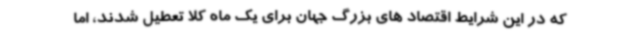
که در این شرایط اقتصاد های بزرگ جهان برای یک ماه کلا تعطیل شدند، اما